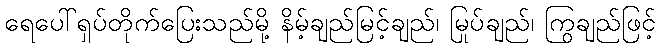
ရေပေါ်ရှပ်တိုက်ပြေးသည်မို့ နိမ့်ချည်မြင့်ချည်၊ မြုပ်ချည်၊ ကြွချည်ဖြင့်